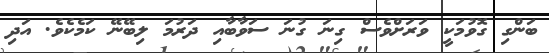
ބަންގި ގޮވުމަކީ ވަރަށްވެސް ގިނަ ގުނަ ސަވާބާއި ދަރުމަ ލިބޭނޭ ކަމެކެވެ. އަދި